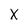
Character: X